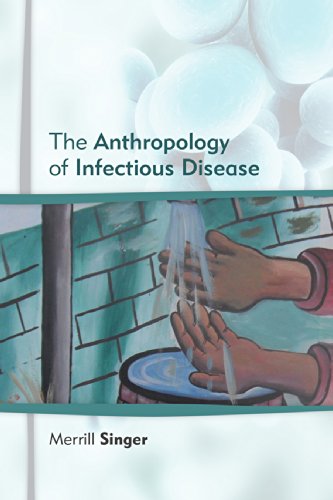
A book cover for Anthropology of Infectious Disease; Merrill Singer; Science & Math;